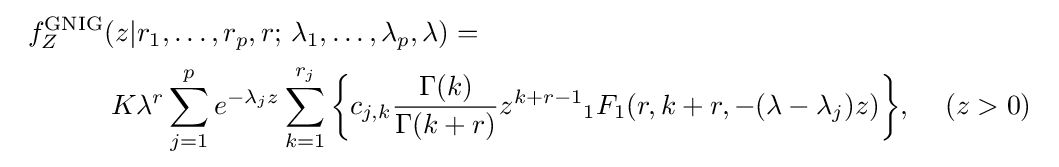
{\begin{array}{l}\displaystyle f_{Z}^{\text{GNIG}}(z|r_{1},\dots ,r_{p},r;\,\lambda _{1},\dots ,\lambda _{p},\lambda )=\\[5pt]\displaystyle \quad \quad \quad K\lambda ^{r}\sum \limits _{j=1}^{p}{e^{-\lambda _{j}z}}\sum \limits _{k=1}^{r_{j}}{\left\{{c_{j,k}{\frac {\Gamma (k)}{\Gamma (k+r)}}z^{k+r-1}{}_{1}F_{1}(r,k+r,-(\lambda -\lambda _{j})z)}\right\}}{\rm {,}}~~~~(z>0)\end{array}}